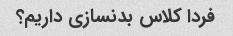
فردا کلاس بدنسازی داریم؟